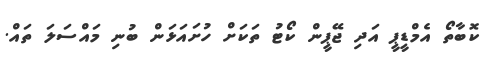
ކޮބާތޯ އެމްޑީޕީ އަދި ޖޭޕީން ކޯޓު ތަކަށް ހުށައަޅަން ބުނި މައްސަލަ ތައް.